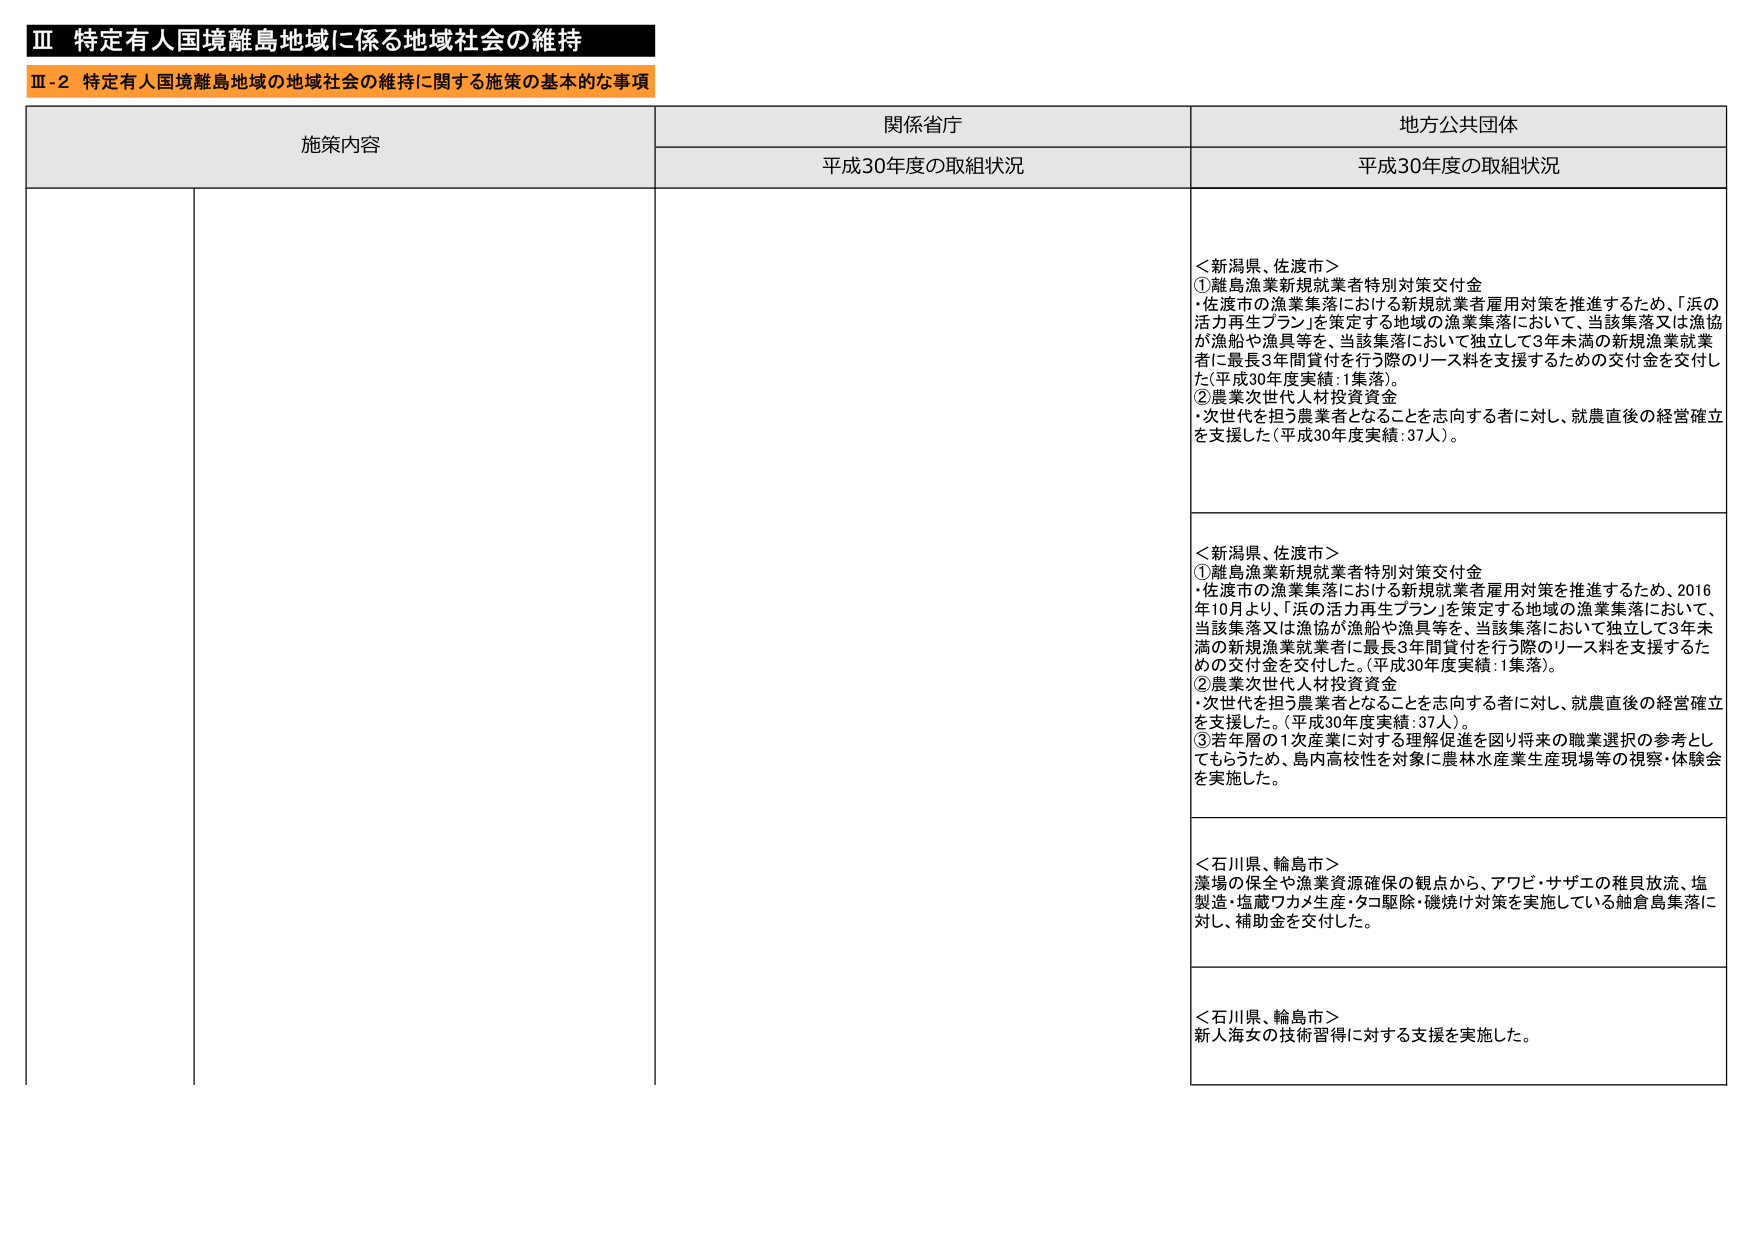
Ⅲ 特定有人国境離島地域に係る地域社会の維持
Ⅲ-2 特定有人国境離島地域の地域社会の維持に関する施策の基本的な事項

施策内容
関係省庁
地方公共団体

平成30年度の取組状況
平成30年度の取組状況

＜新潟県、佐渡市＞
①離島漁業新規就業者特別対策交付金
・佐渡市の漁業集落における新規就業者雇用対策を推進するため、「浜の活力再生プラン」を策定する地域の漁業集落において、当該集落又は漁協が漁船や漁具等を、当該集落において独立して3年未満の新規漁業就業者に最長3年間貸付を行う際のリース料を支援するための交付金を交付した（平成30年度実績：1集落）。
②農業次世代人材投資資金
・次世代を担う農業者となることを志向する者に対し、就農直後の経営確立を支援した（平成30年度実績：37人）。

＜新潟県、佐渡市＞
①離島漁業新規就業者特別対策交付金
・佐渡市の漁業集落における新規就業者雇用対策を推進するため、2016年10月より、「浜の活力再生プラン」を策定する地域の漁業集落において、当該集落又は漁協が漁船や漁具等を、当該集落において独立して3年未満の新規漁業就業者に最長3年間貸付を行う際のリース料を支援するための交付金を交付した。（平成30年度実績：1集落）。
②農業次世代人材投資資金
・次世代を担う農業者となることを志向する者に対し、就農直後の経営確立を支援した。（平成30年度実績：37人）。
③若年層の1次産業に対する理解促進を図り将来の職業選択の参考としてもらうため、島内高校生を対象に農林水産業生産現場等の視察・体験会を実施した。

＜石川県、輪島市＞
藻場の保全や漁業資源確保の観点から、アワビ・サザエの稚貝放流、塩製造・塩蔵ワカメ生産・タコ駆除・磯焼け対策を実施している舳倉島集落に対し、補助金を交付した。

＜石川県、輪島市＞
新人海女の技術習得に対する支援を実施した。